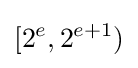
[2^{e},2^{e+1})